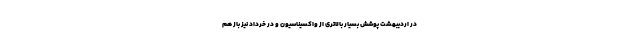
در اردیبهشت پوشش بسیار بالاتری از واکسیناسیون و در خرداد نیز باز هم